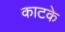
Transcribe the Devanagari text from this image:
काटके